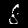
Digit: 8